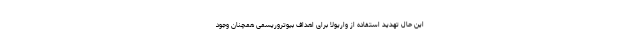
این حال تهدید استفاده از واریولا برای اهداف بیوتروریسمی همچنان وجود